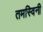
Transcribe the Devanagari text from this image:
तमस्विनी